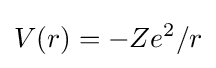
V(r)=-Ze^{2}/r